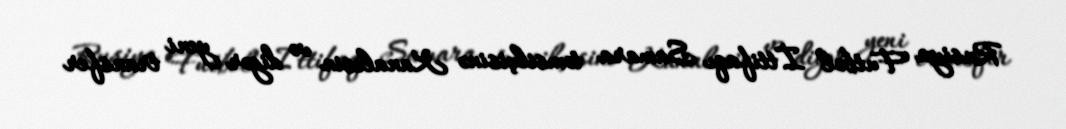
Rusiya Futbol İttifaqı Samara təmsilçisinə Kanalesin və digər yeni transfer